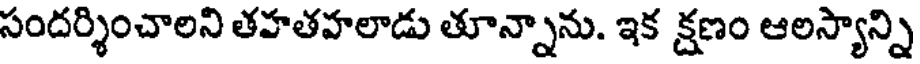
సందర్శించాలని తహతహలాడు తూన్నాను. ఇక క్షణం ఆలస్యాన్ని